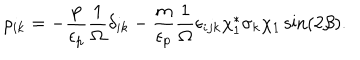
\rho _ { i k } = - \frac { p } { \epsilon _ { p } } \frac { 1 } { \Omega } \delta _ { i k } - \frac { m } { \epsilon _ { p } } \frac { 1 } { \Omega } \epsilon _ { i j k } \chi _ { 1 } ^ { * } \sigma _ { k } \chi _ { 1 } \sin ( 2 \beta ) .